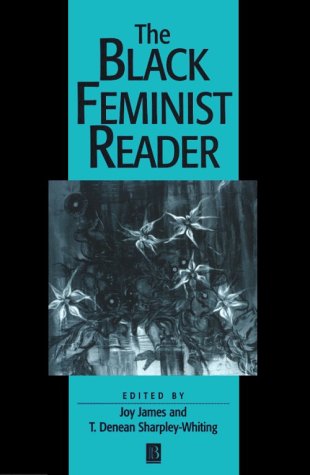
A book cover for The Black Feminist Reader; Politics & Social Sciences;